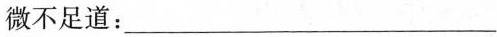
微不足道：___